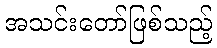
အသင်းတော်ဖြစ်သည့်